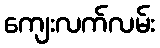
ကျေးလက်လမ်း